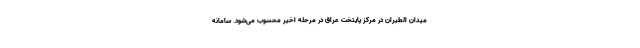
میدان الطیران در مرکز پایتخت عراق در مرحله اخیر محسوب می‌شود. سامانه